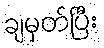
ချမှတ်ပြီး